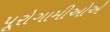
પૂરોગામીઓએ